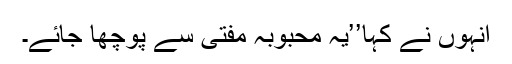
انہوں نے کہا’’یہ محبوبہ مفتی سے پوچھا جائے۔